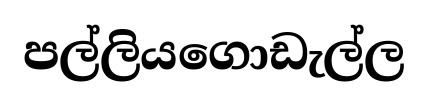
පල්ලියගොඩැල්ල